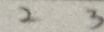
2 3